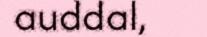
auddal,